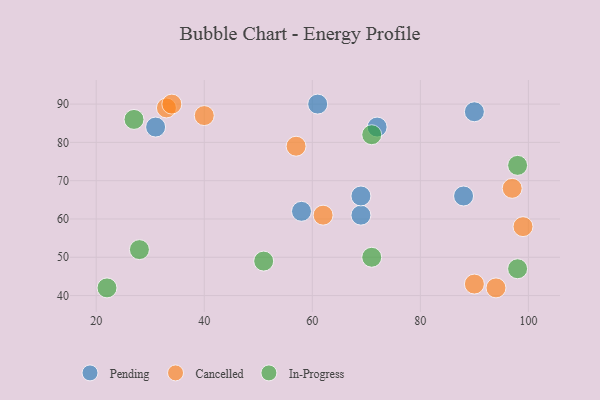
{"axis": {"x": "GDP", "y": "Life Expectancy"}, "legend": ["Cancelled", "In-Progress", "Pending"], "data": [{"x": "31", "y": 84, "type": "Pending"}, {"x": "58", "y": 62, "type": "Pending"}, {"x": "72", "y": 84, "type": "Pending"}, {"x": "61", "y": 90, "type": "Pending"}, {"x": "69", "y": 61, "type": "Pending"}, {"x": "90", "y": 88, "type": "Pending"}, {"x": "69", "y": 66, "type": "Pending"}, {"x": "88", "y": 66, "type": "Pending"}, {"x": "97", "y": 68, "type": "Cancelled"}, {"x": "57", "y": 79, "type": "Cancelled"}, {"x": "99", "y": 58, "type": "Cancelled"}, {"x": "94", "y": 42, "type": "Cancelled"}, {"x": "90", "y": 43, "type": "Cancelled"}, {"x": "33", "y": 89, "type": "Cancelled"}, {"x": "40", "y": 87, "type": "Cancelled"}, {"x": "62", "y": 61, "type": "Cancelled"}, {"x": "34", "y": 90, "type": "Cancelled"}, {"x": "27", "y": 86, "type": "In-Progress"}, {"x": "22", "y": 42, "type": "In-Progress"}, {"x": "51", "y": 49, "type": "In-Progress"}, {"x": "98", "y": 47, "type": "In-Progress"}, {"x": "71", "y": 82, "type": "In-Progress"}, {"x": "98", "y": 74, "type": "In-Progress"}, {"x": "28", "y": 52, "type": "In-Progress"}, {"x": "71", "y": 50, "type": "In-Progress"}]}